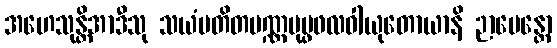
အဟေသုန္တိအာဒီသု သယံပတိတပဏ္ဏပုပ္ဖဖလဝါယုတောယာနိ ဉာပေန္တော